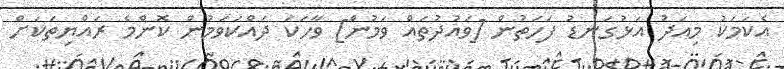
އެކަމަކު މިއަދު އަޅުގަނޑު ފަހަތުން [ވައުދުތައް ވަމުން] ވާހަކަ ދައްކަވަމުން ކޮންމެ ރައްޔިތަކަށް